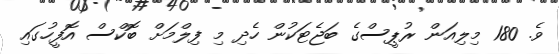
ވެ. 180 މިލިއަން ރުޕީސްގެ ބަޖެޓަކުން ހެދި މި ފިލްމަށް ބޮކްސް އޮފީހުގައި